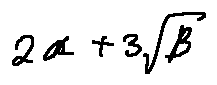
2 \alpha + 3 \sqrt { \beta }